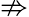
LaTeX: \nRightarrow